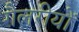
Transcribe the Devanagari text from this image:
गैलरीयों